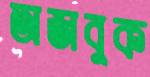
অজবুক